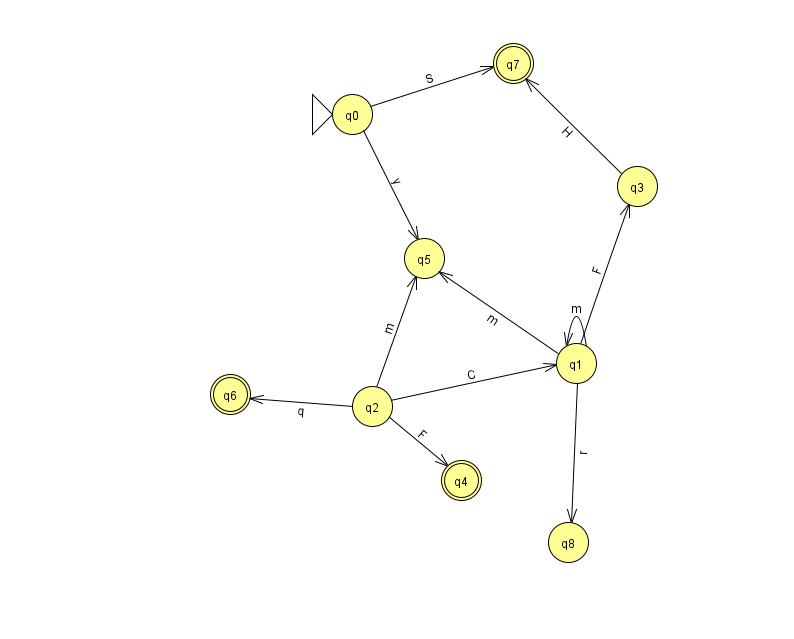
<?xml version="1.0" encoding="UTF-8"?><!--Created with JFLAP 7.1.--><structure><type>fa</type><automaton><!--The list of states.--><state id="0" name="q0"><x>352.0</x><y>101.0</y><initial/></state><state id="1" name="q1"><x>576.0</x><y>350.0</y></state><state id="2" name="q2"><x>372.0</x><y>393.0</y></state><state id="3" name="q3"><x>637.0</x><y>173.0</y></state><state id="4" name="q4"><x>461.0</x><y>467.0</y><final/></state><state id="5" name="q5"><x>424.0</x><y>245.0</y></state><state id="6" name="q6"><x>230.0</x><y>381.0</y><final/></state><state id="7" name="q7"><x>513.0</x><y>50.0</y><final/></state><state id="8" name="q8"><x>568.0</x><y>529.0</y></state><!--The list of transitions.--><transition><from>1</from><to>3</to><read>F</read></transition><transition><from>2</from><to>1</to><read>C</read></transition><transition><from>0</from><to>7</to><read>S</read></transition><transition><from>1</from><to>1</to><read>m</read></transition><transition><from>1</from><to>5</to><read>m</read></transition><transition><from>2</from><to>4</to><read>F</read></transition><transition><from>2</from><to>5</to><read>m</read></transition><transition><from>2</from><to>6</to><read>q</read></transition><transition><from>3</from><to>7</to><read>H</read></transition><transition><from>0</from><to>5</to><read>y</read></transition><transition><from>1</from><to>8</to><read>r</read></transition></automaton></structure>